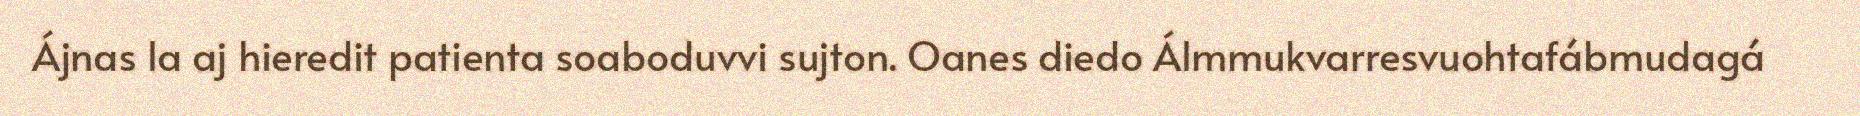
Ájnas la aj hieredit patienta soaboduvvi sujton. Oanes diedo Álmmukvarresvuohtafábmudagá